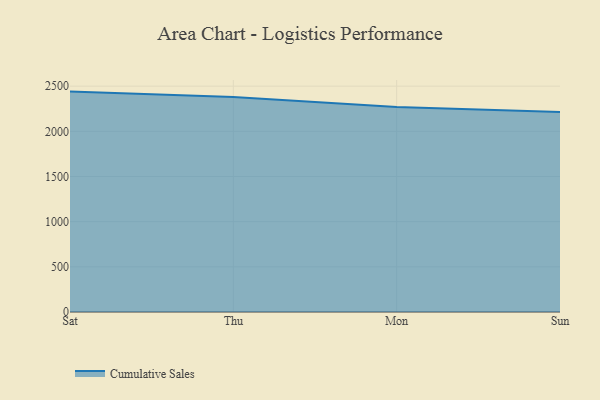
{"axis": {"x": "Day", "y": "Latency (ms)"}, "legend": ["Cumulative Sales"], "data": [{"x": "Sat", "y": 2440.0, "type": "Cumulative Sales"}, {"x": "Thu", "y": 2379.4, "type": "Cumulative Sales"}, {"x": "Mon", "y": 2268.2, "type": "Cumulative Sales"}, {"x": "Sun", "y": 2213.0, "type": "Cumulative Sales"}]}